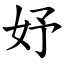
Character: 妤